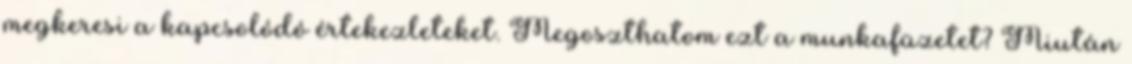
megkeresi a kapcsolódó értekezleteket. Megoszthatom ezt a munkafüzetet? Miután